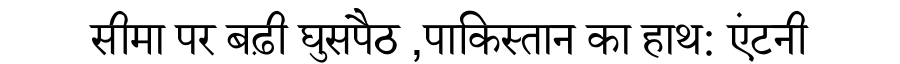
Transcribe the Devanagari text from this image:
सीमा पर बढ़ी घुसपैठ ,पाकिस्तान का हाथ: एंटनी